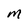
Character: M